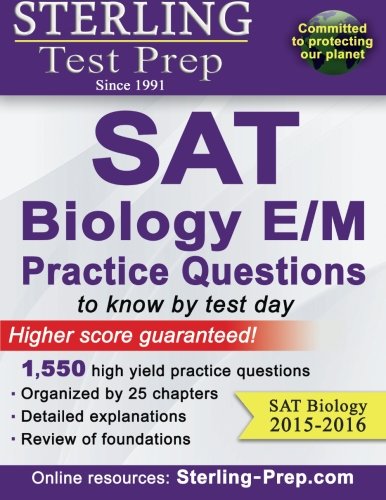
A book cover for Sterling SAT Biology E/M Practice Questions: High Yield SAT Biology E/M Questions; Sterling Test Prep; Test Preparation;